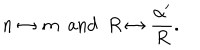
n \leftrightarrow m \, \, \, \mathrm { a n d } \, \, \, R \leftrightarrow \frac { \alpha ^ { \prime } } { R } .